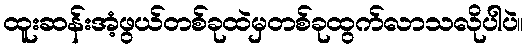
ထူးဆန်းအံ့ဖွယ်တစ်ခုထဲမှတစ်ခုထွက်လာသလိုပါပဲ။